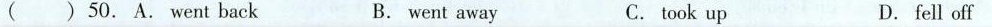
( ) 50.A. Went back B. went away C. took up D. fell off